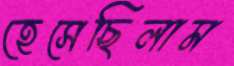
হেসেছিলাম